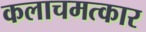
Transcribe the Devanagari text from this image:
कलाचमत्कार